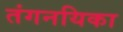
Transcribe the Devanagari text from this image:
तंगनयिका